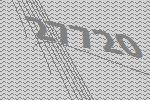
27720